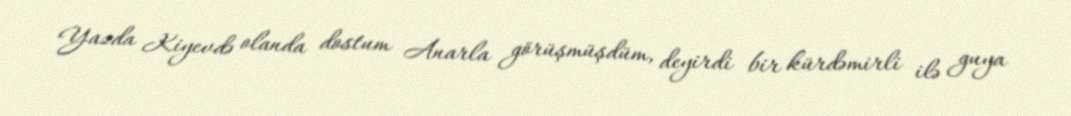
Yazda Kiyevdə olanda dostum Anarla görüşmüşdüm, deyirdi bir kürdəmirli ilə guya